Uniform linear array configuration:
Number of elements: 12
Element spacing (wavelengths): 0.75
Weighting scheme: cosine
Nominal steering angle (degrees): -30
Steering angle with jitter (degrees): -28.928
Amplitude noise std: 0.05
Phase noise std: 0.05

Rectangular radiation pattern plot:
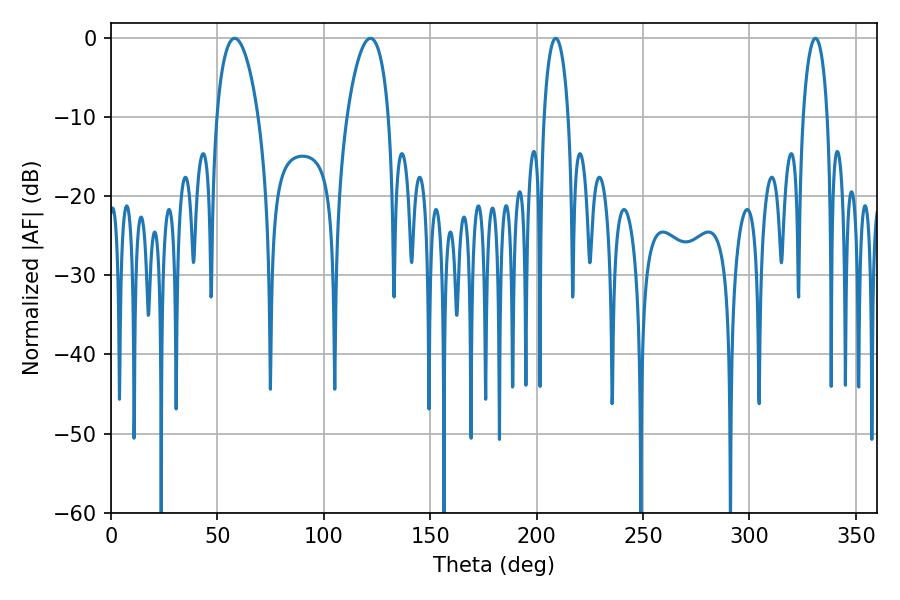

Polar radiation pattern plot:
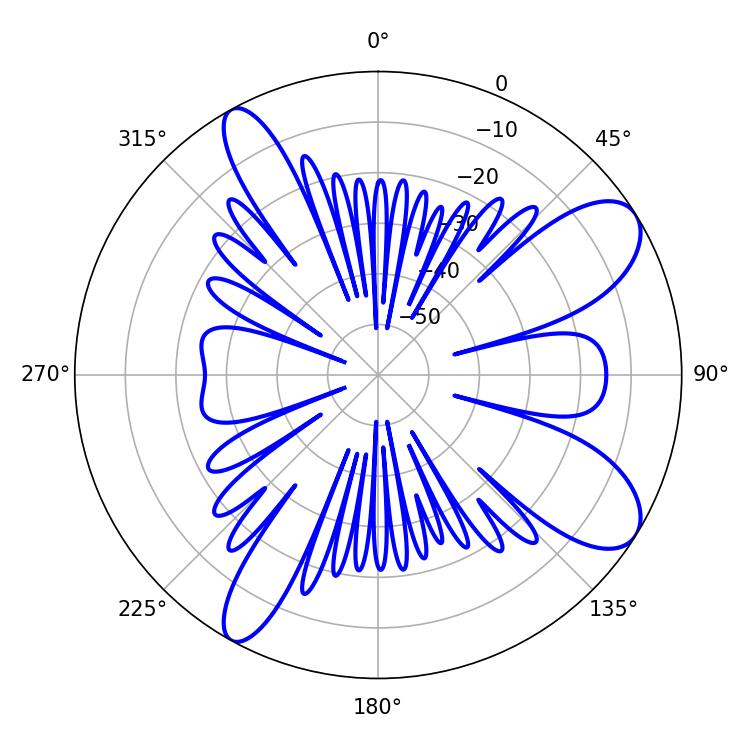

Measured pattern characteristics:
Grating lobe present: TRUE
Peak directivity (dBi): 9.282
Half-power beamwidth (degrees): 6.48
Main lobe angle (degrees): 208.98